Annual report of the Punjab Veterinary College and of the Civil Veterinary Department, Punjab - 1926-1932
Year: 1926
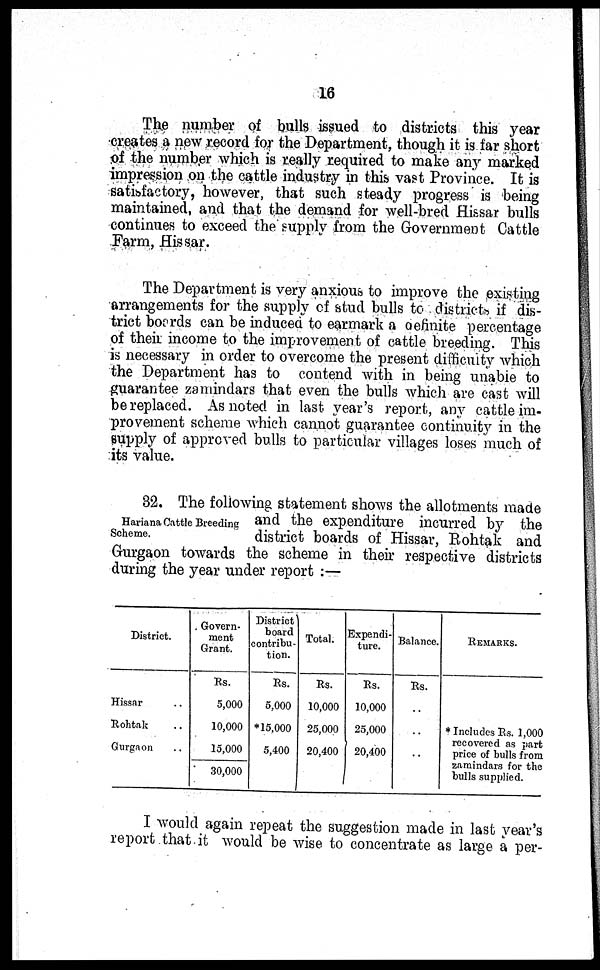
16
The number of bulls issued to districts this year
creates a new record for the Department, though it is far short
of the number which is really required to make any marked
impression on the cattle industry in this vast Province. It is
satisfactory, however, that such steady progress is being
maintained, and that the demand for well-bred Hissar bulls
continues to exceed the supply from the Government Cattle
Farm, Hissar.
The Department is very anxious to improve the existing
arrangements for the supply of stud bulls to districts if dis-
trict boards can be induced to earmark a definite percentage
of then income to the improvement of cattle breeding. This
is necessary in order to overcome the present difficulty which
the Department has to contend with in being unable to
guarantee zamindars that even the bulls which are cast will
be replaced. As noted in last year's report, any cattle im-
provement scheme which cannot guarantee continuity in the
supply of approved bulls to particular villages loses much of
its value.
Hariana Cattle Breeding
Scheme.
32. The following statement shows the allotments made
and the expenditure incurred by the
district boards of Hissar, Rohtak and
Gurgaon towards the scheme in their respective districts
during the year under report :—
District.
Hissar ..
Rohtak ..
Gurgaon ..
Govern-
ment
Grant.
Rs.
5,000
10,000
15,000
30,000
District
board
contribu-
tion.
Rs.
5,000
*15,000
5,400
Total.
Rs.
10,000
25,000
20,400
Expendi-
ture.
Rs.
10,000
25,000
20,400
Balance.
Rs.
..
..
..
REMARKS.
* Includes Rs. 1,000
recovered as part
price of bulls from
zamindars for the
bulls supplied.
I would again repeat the suggestion made in last year's
report that it would be wise to concentrate as large a per-